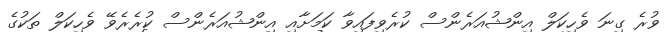
ވުރެ ގިނަ ވެހިކަލް އިންޝުއަރެންސް ކުރެވިފައިވާ ކަމަށާއި އިންޝުއަރެންސް ކުރެރެވޭ ވެހިކަލް ތަކުގެ